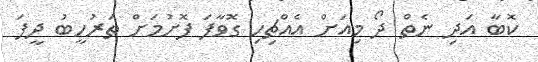
ކޮބާ އަދި ނެތް ދޯ މިއަށް އެއްޗިހި ގޮވާފަ ފޮށުމަށް ތަރުހީބު ދީފަ